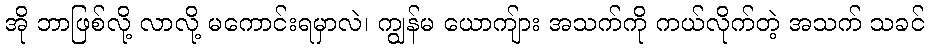
အို ဘာဖြစ်လို့ လာလို့ မကောင်းရမှာလဲ၊ ကျွန်မ ယောကျ်ား အသက်ကို ကယ်လိုက်တဲ့ အသက် သခင်